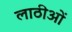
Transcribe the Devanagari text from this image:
लाठीओं